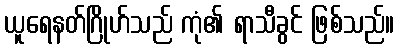
ယူရေနတ်ဂြိုဟ်သည် ကုံ၏ ရာသီခွင် ဖြစ်သည်။